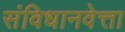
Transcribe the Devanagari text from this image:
संविधानवेत्ता